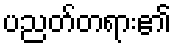
ပညတ်တရား၏